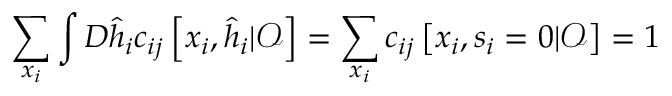
\sum _ { \boldsymbol { x } _ { i } } \int D \hat { \boldsymbol { h } } _ { i } c _ { i j } \left[ \boldsymbol { x } _ { i } , \hat { \boldsymbol { h } } _ { i } | \boldsymbol { \mathcal { O } } \right] = \sum _ { \boldsymbol { x } _ { i } } c _ { i j } \left[ \boldsymbol { x } _ { i } , { { \boldsymbol { s } } _ { i } = 0 } | \boldsymbol { \mathcal { O } } \right] = 1